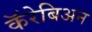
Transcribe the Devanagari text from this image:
कॅरेबिअन